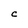
Character: C